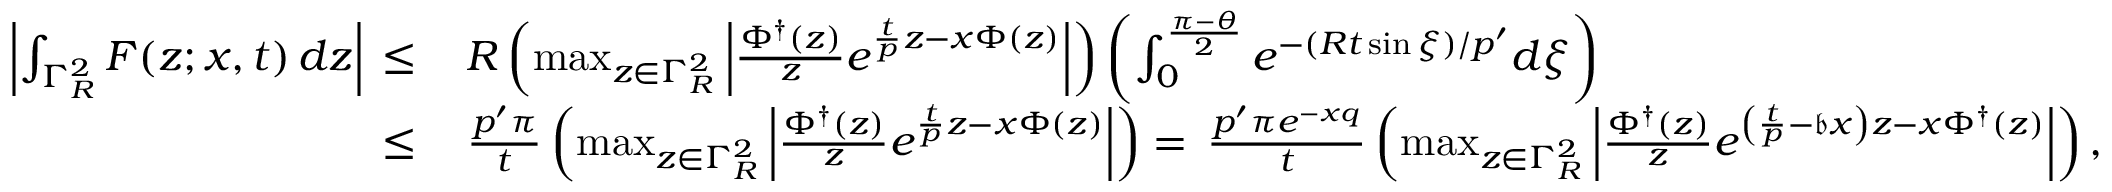
\begin{array} { r l } { \left| \int _ { \Gamma _ { R } ^ { 2 } } F ( z ; x , t ) \, d z \right| \, \leq \, } & { R \left( \operatorname* { m a x } _ { z \in \Gamma _ { R } ^ { 2 } } \left| \frac { \Phi ^ { \dagger } ( z ) } { z } e ^ { \frac { t } { p } z - x \Phi ( z ) } \right| \right) \left( \int _ { 0 } ^ { \frac { \pi - \theta } { 2 } } e ^ { - ( R t \sin \xi ) / p ^ { \prime } } d \xi \right) } \\ { \leq \, } & { \frac { p ^ { \prime } \pi } { t } \left( \operatorname* { m a x } _ { z \in \Gamma _ { R } ^ { 2 } } \left| \frac { \Phi ^ { \dagger } ( z ) } { z } e ^ { \frac { t } { p } z - x \Phi ( z ) } \right| \right) = \, \frac { p ^ { \prime } \pi e ^ { - x q } } { t } \left( \operatorname* { m a x } _ { z \in \Gamma _ { R } ^ { 2 } } \left| \frac { \Phi ^ { \dagger } ( z ) } { z } e ^ { \left( \frac { t } { p } - \mathfrak { b } x \right) z - x \Phi ^ { \dagger } ( z ) } \right| \right) , } \end{array}